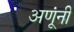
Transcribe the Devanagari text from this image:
अणूंनी